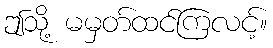
ဤသို့ မမှတ်ထင်ကြလင့်။